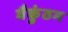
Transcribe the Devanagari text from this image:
बैकुंठम